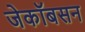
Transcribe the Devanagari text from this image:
जेकॉबसन